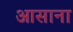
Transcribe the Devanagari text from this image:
आसाना